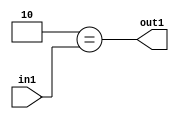
`timescale 1ps / 1ps
/*****************************************************************************
    Verilog RTL Description
    
    
    Created by: Stratus DpOpt 2019.1.01 
*******************************************************************************/

module cache_Eqi2u8_4_1 (
	in1,
	out1
	); /* architecture "behavioural" */ 
input [7:0] in1;
output  out1;
wire  asc001;

assign asc001 = (13'B0000000000010==in1);

assign out1 = asc001;
endmodule

/* CADENCE  urX0TgA= : u9/ySgnWtBlWxVPRXgAZ4Og= ** DO NOT EDIT THIS LINE ******/